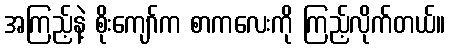
အကြည့်နဲ့ စိုးကျော်က စာကလေးကို ကြည့်လိုက်တယ်။